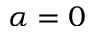
\alpha = 0